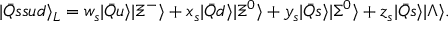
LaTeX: | \bar { Q } s s u d \rangle _ { L } = w _ { s } | \bar { Q } u \rangle | \Xi ^ { - } \rangle + x _ { s } | \bar { Q } d \rangle | \Xi ^ { 0 } \rangle + y _ { s } | \bar { Q } s \rangle | \Sigma ^ { 0 } \rangle + z _ { s } | \bar { Q } s \rangle | \Lambda \rangle .